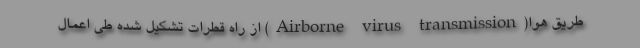
طریق هوا(Airborne virus transmission) از راه قطرات تشکیل شده طی اعمال